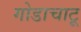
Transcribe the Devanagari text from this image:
गोडाचाटू